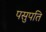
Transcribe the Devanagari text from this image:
पसुपति